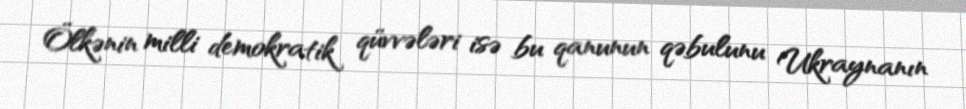
Ölkənin milli demokratik qüvvələri isə bu qanunun qəbulunu Ukraynanın